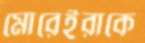
মোরেইরাকে